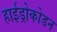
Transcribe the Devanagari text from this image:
हाईड्रोकोडन